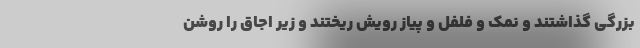
بزرگی گذاشتند و نمک و فلفل و پیاز رویش ریختند و زیر اجاق را روشن